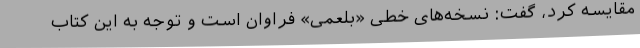
مقایسه کرد، گفت: نسخه‌های خطی «بلعمی» فراوان است و توجه به این کتاب